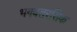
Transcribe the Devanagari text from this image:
भगवतरसिक